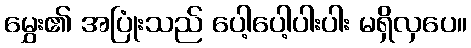
မွှေး၏ အပြုံးသည် ပေါ့ပေါ့ပါးပါး မရှိလှပေ။